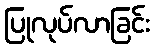
ပြုလုပ်လာခြင်း